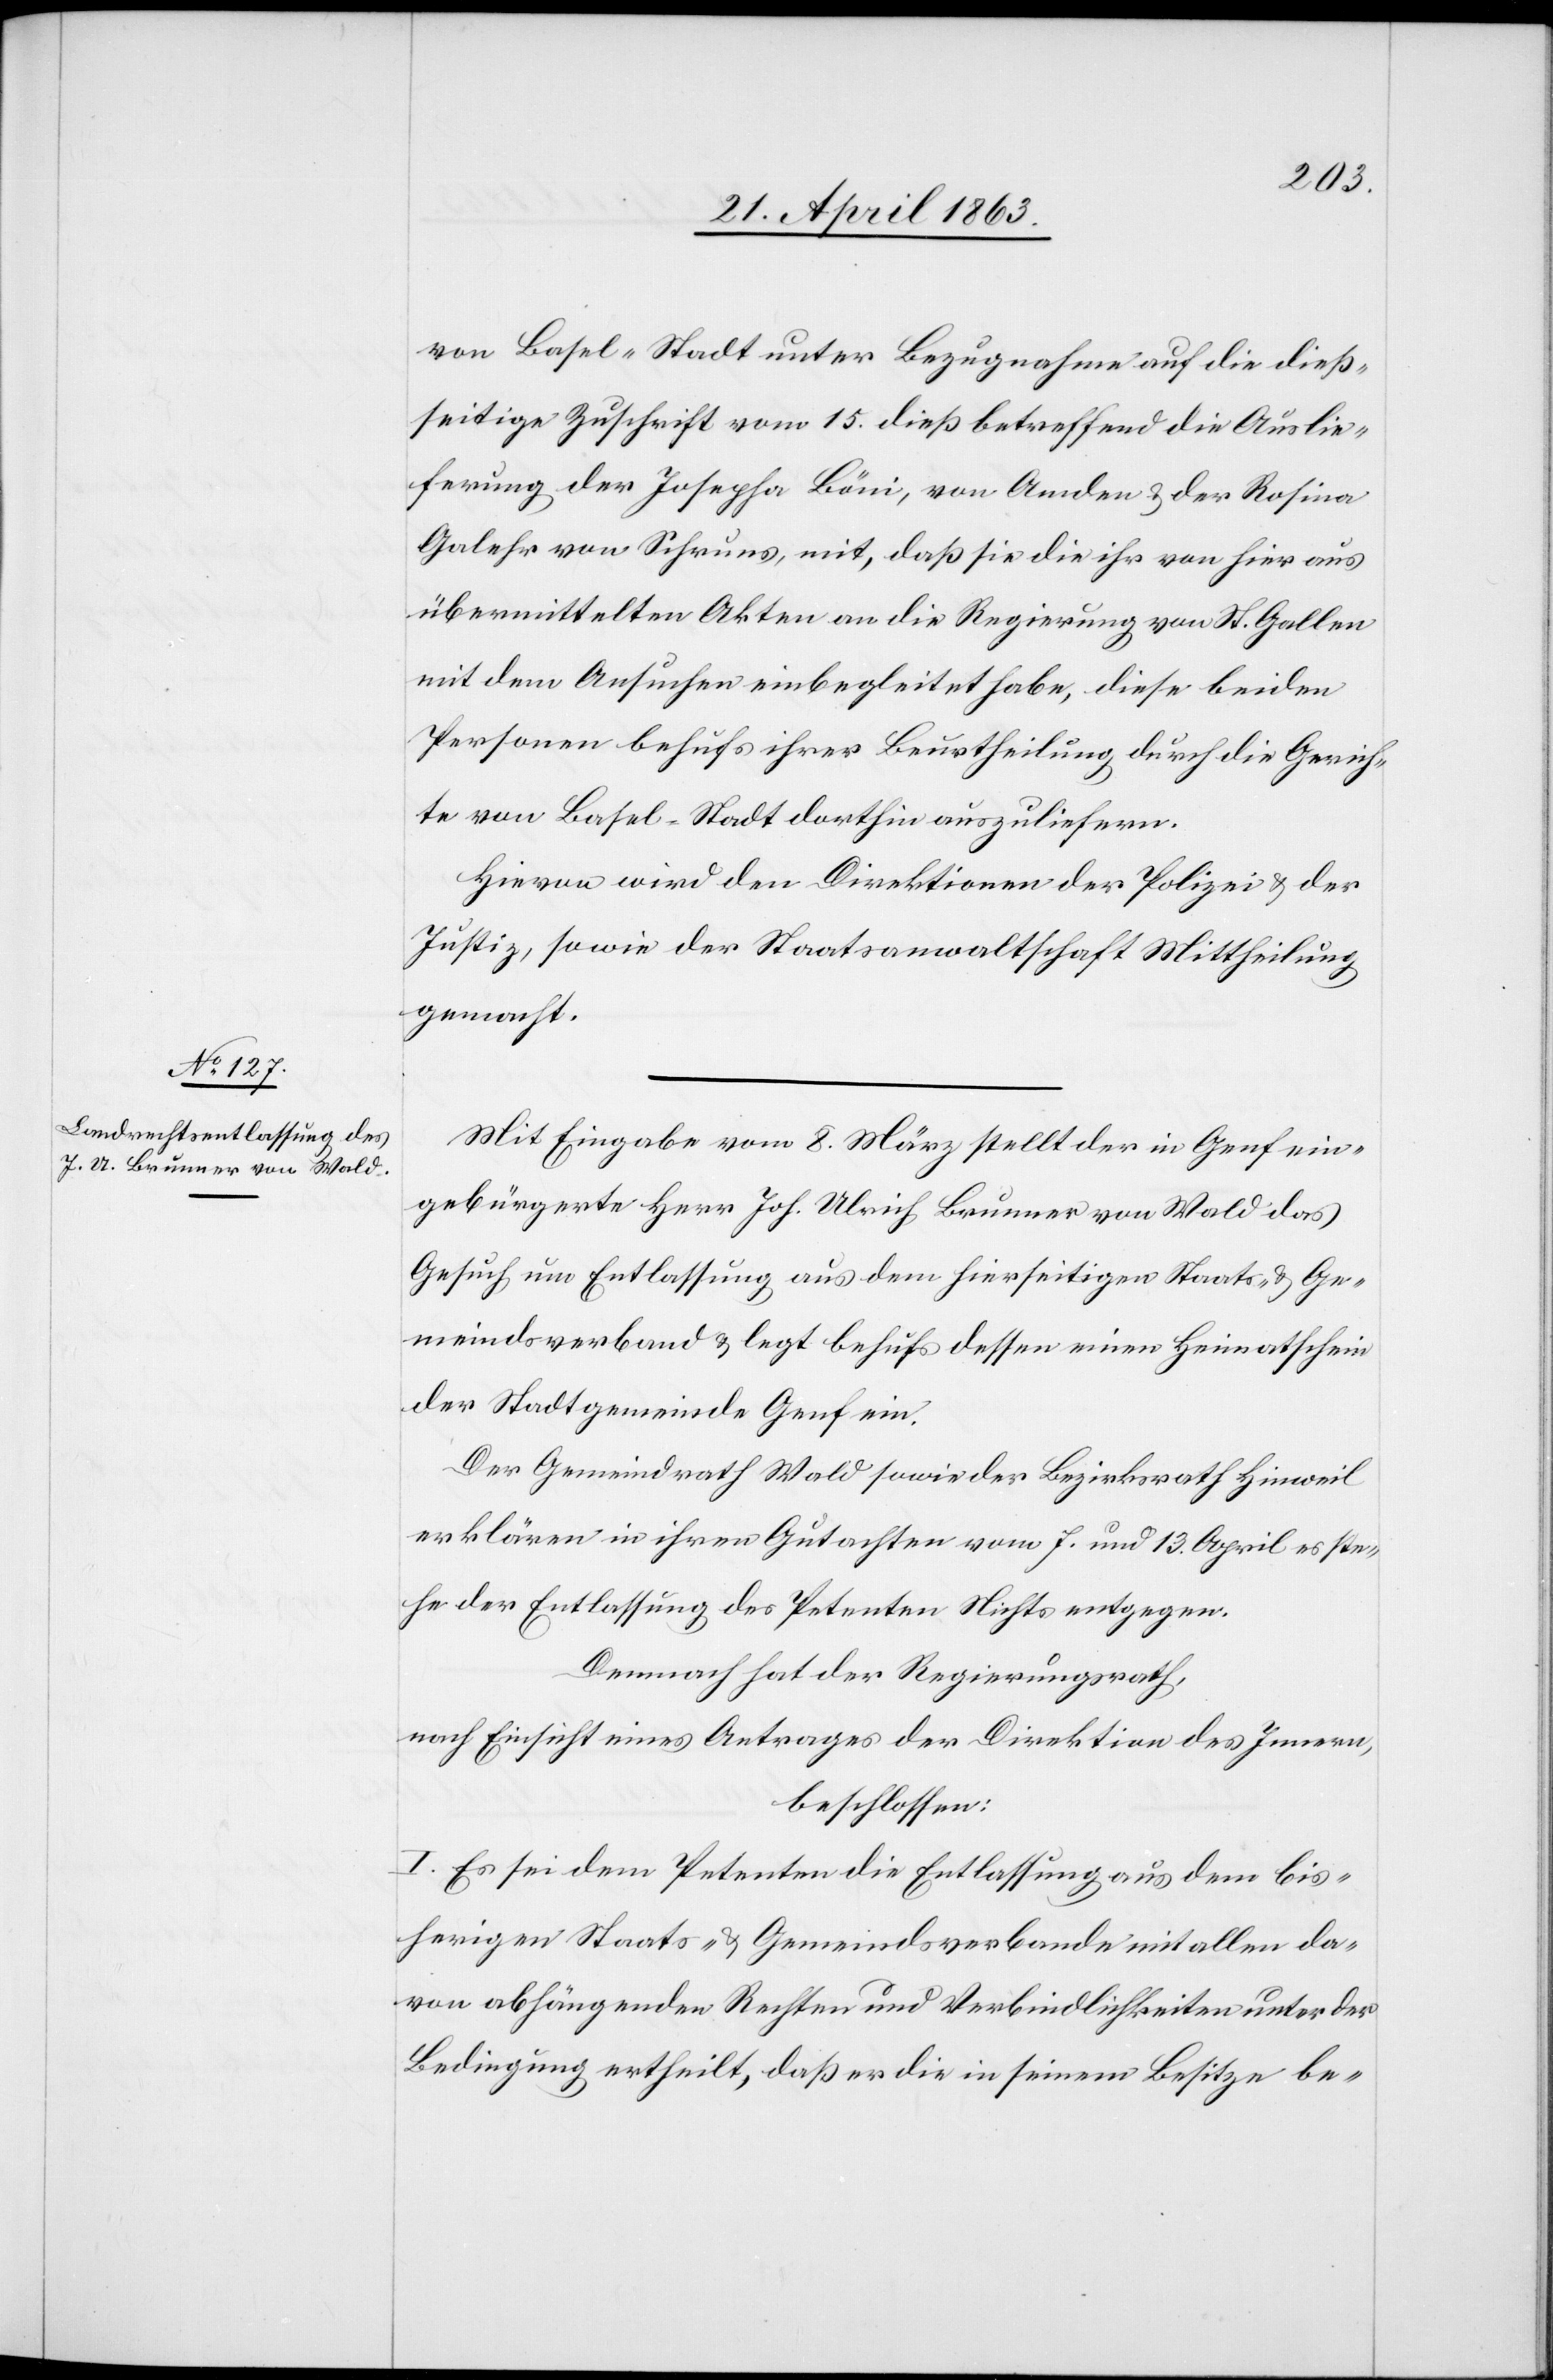
von Basel-Stadt unter Bezugnahme auf die dieß¬
seitige Zuschrift vom 15. dieß betreffend die Auslie¬
ferung der Josepha Böni, von Amden & der Rosina
Galehr von Schruns, mit, daß sie die ihr von hier aus
übermittelten Akten an die Regierung von St. Gallen
mit dem Ansuchen einbegleitet habe, diese beiden
Personen behufs ihrer Beurtheilung durch die Gerich¬
te von Basel-Stadt dorthin auszuliefern.
Hievon wird der Direktionen der Polizei & der
Justiz, sowie der Staatsanwaltschaft Mittheilung
gemacht.
Mit Eingabe vom 8. März stellt der in Genf ein¬
gebürgerte Herr Joh. Ulrich Brunner von Wald das
Gesuch um Entlassung aus dem hierseitigen Staats- & Ge¬
meindsverband & legt behufs dessen einen Heimatschein
der Stadtgemeinde Genf ein.
Der Gemeindrath Wald sowie der Bezirksrath Hinweil
erklären in ihren Gutachten vom 7. und 13. April es ste¬
he der Entlassung des Petenten Nichts entgegen.
Demnach hat der Regierungsrath,
nach Einsicht eines Antrages der Direktion des Innern,
beschlossen:
I. Es sei dem Petenten die Entlassung aus dem bis¬
herigen Staats- & Gemeindsverbande mit allen da¬
von abhängenden Rechten und Verbindlichkeiten unter der
Bedingung ertheilt, daß er die in seinem Besitze be-